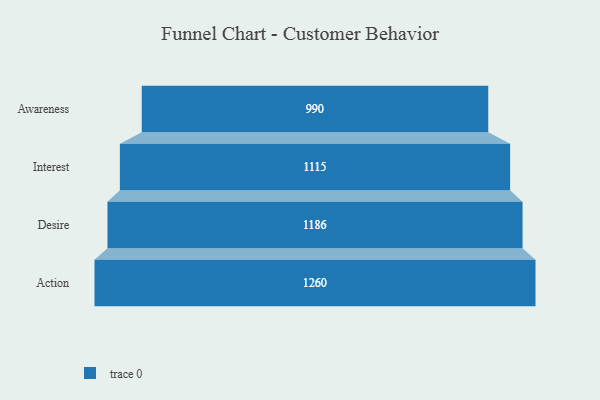
{"axis": {"x": "Stage", "y": "Value"}, "legend": [""], "data": [{"x": "Awareness", "y": 990.0, "type": ""}, {"x": "Interest", "y": 1115.0, "type": ""}, {"x": "Desire", "y": 1186.0, "type": ""}, {"x": "Action", "y": 1260.0, "type": ""}]}